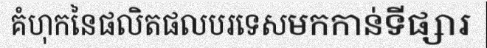
គំហុកនៃផលិតផលបរទេសមកកាន់ទីផ្សារ